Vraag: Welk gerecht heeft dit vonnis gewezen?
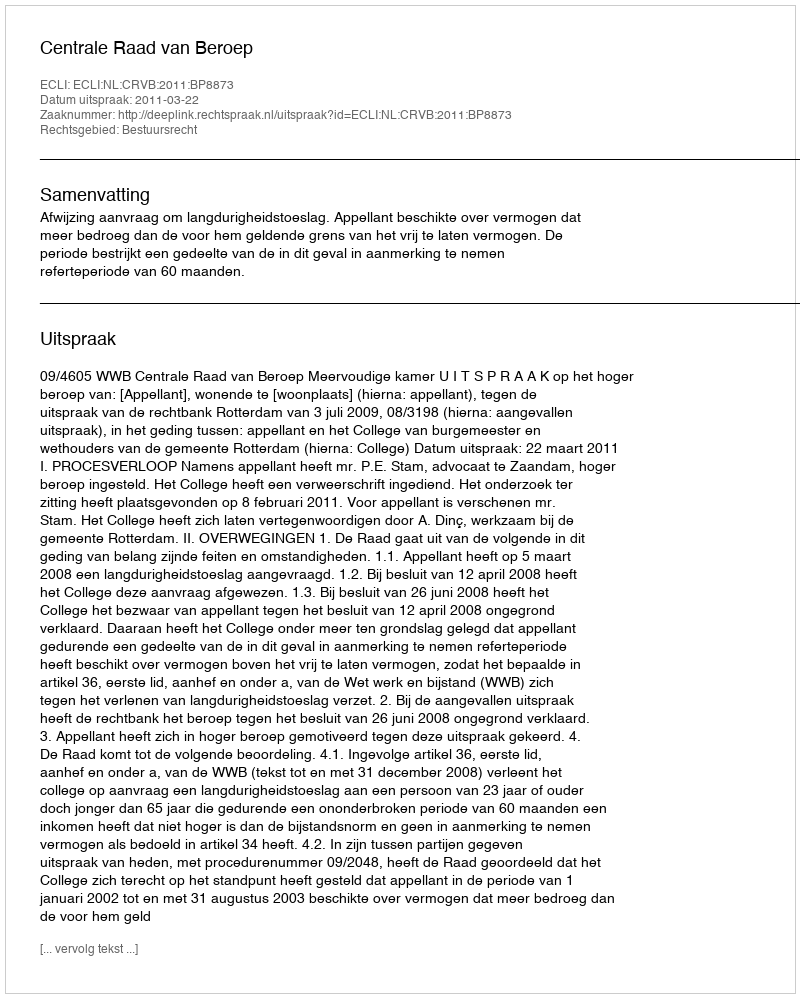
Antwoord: Centrale Raad van Beroep